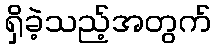
ရှိခဲ့သည့်အတွက်